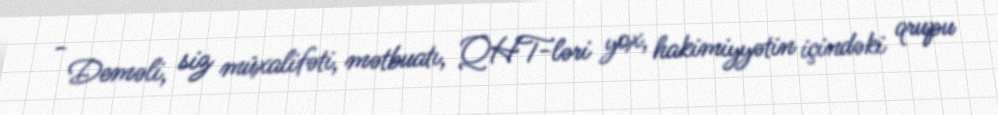
- Deməli, siz müxalifəti, mətbuatı, QHT-ləri yox, hakimiyyətin içindəki qrupu